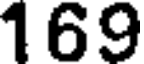
169